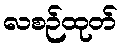
လစဉ်ထုတ်